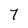
Character: 7